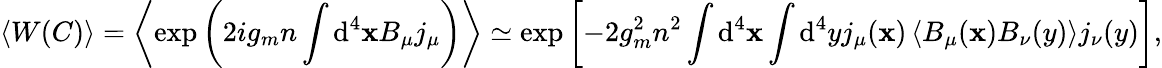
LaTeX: \left<W(C)\right>=\left<\exp\left(2ig_{m}n\int\mathrm{d}^{4}\mathbf{x}B_{\mu}j_{\mu}\right)\right>\simeq\exp\left[-2g_{m}^{2}n^{2}\int\mathrm{d}^{4}\mathbf{x}\int\mathrm{d}^{4}yj_{\mu}(\mathbf{x})\left<B_{\mu}(\mathbf{x})B_{\nu}(y)\right>j_{\nu}(y)\right],